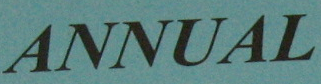
ANNUAL